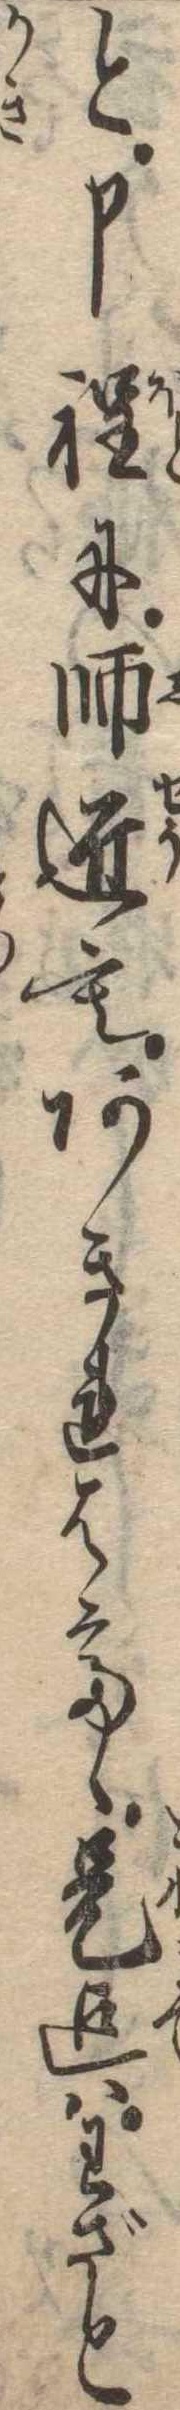
と申程に師匠もあきれはてゝ是迄はわざと